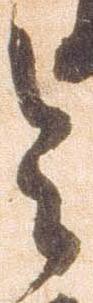
令